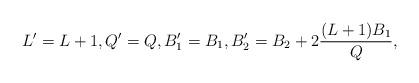
LaTeX: \begin{align*} L' = L+1, Q' = Q, B'_1 = B_1, B'_2 = B_2 + 2 \frac{(L+1)B_1}{Q},\end{align*}